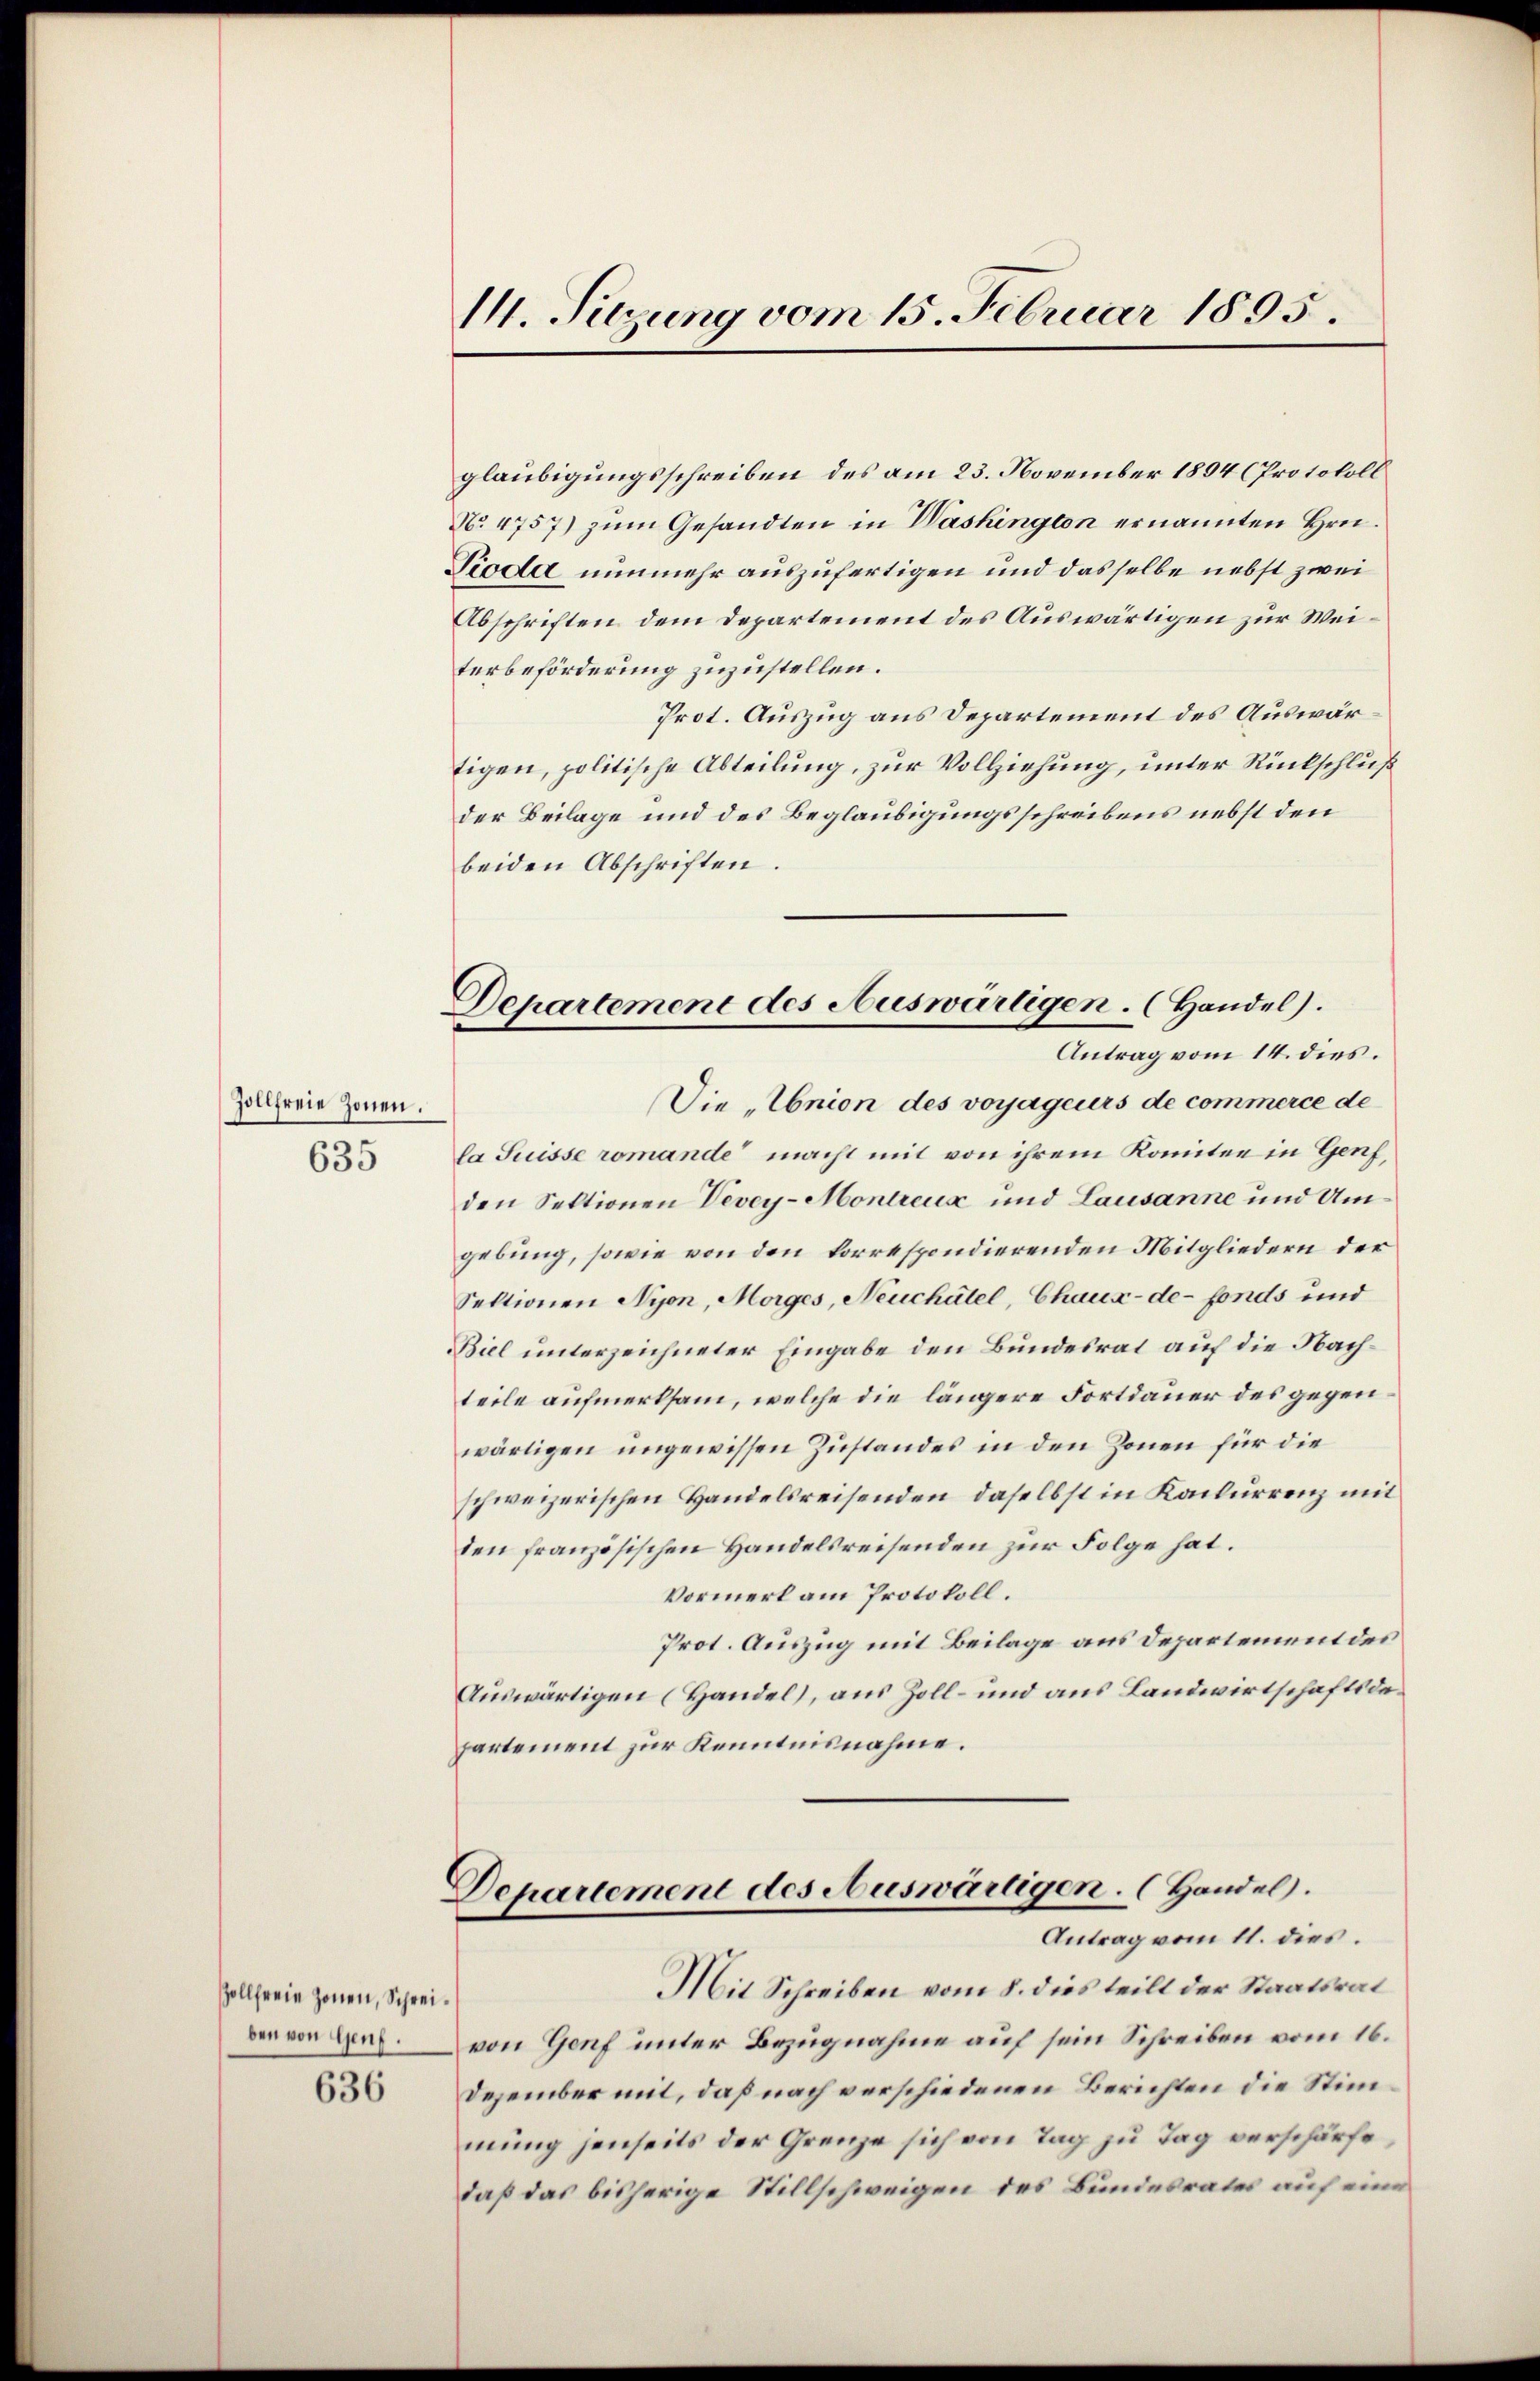
Zollfreie Zonen.

635

Zollfreie Zonen, Schreiben von Genf.

636

I. Setzung vom 15. Februar 1895.

Departement des Auswärtigen. (Handel).
l
Antrag vom 14. dies.
Die „Enion des vorjageurs de commerce de

glaubigungsschreiben des am 23. November 1894 (Protokoll
No 4757) zum Gesandten in Washington ernannten Hrn.
Pioda nunmehr auszufertigen und dasselbe nebst zwei
Abschriften dem Departement des Auswärtigen zur Weiterbeförderung zuzustellen.
Prot. Auszug aus Departement des Auswärtigen, politische Abteilung, zur Vollziehung, unter Rückschluß
der Beilage und des Beglaubigungsschreibens nebst den
beiden Abschriften.
la Suisse romande macht mit von ihrem Komitee in Genf,
den Sektionen Vevey-Montreux und Lausanne und Umgebung, sowie von den korrespondierenden Mitgliedern der
Sektionen Nyon, Morges, Neuchâtel, Chaux-de-Fonds und
Biel unterzeichneter Eingabe den Bundesrat auf die Nachteile aufmerksam, welche die längere Fortdauer des gegenwärtigen ungewissen Zustandes in den Zonen für die
schweizerischen Handelsreisenden, daselbst in Konkurrenz mit
den französischen Handelsreisenden zur Folge hat.
Vormerk am Protokoll.
Prot. Auszug mit Beilage aus Departement des
Auswärtigen (Handel), aus Zoll- und aus Landwirtschaftsdepartement zur Kenntnisnahme.

Departement des Auswärtigen. (Handel.
Antrag vom 11. dies
Mit Schreiben vom 8. dies teilt der Staatsrat

von Genf unter Bezugnahme auf sein Schreiben vom 16.
Dezember mit, daß nach verschiedenen Berichten die Stimmung jenseits der Grenze sich von Tag zu Tag verschärfe,
daß das bisherige Stillschweigen des Bundesrates auf eine